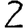
Digit: 2